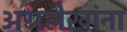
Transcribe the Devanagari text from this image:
अग्रलेखांना